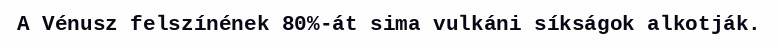
A Vénusz felszínének 80%-át sima vulkáni síkságok alkotják.